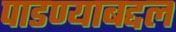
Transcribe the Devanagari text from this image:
पाडण्याबद्दल